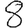
Digit: 8